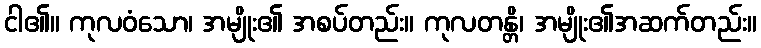
ငါ၏။ ကုလဝံသော၊ အမျိုး၏ အစပ်တည်း။ ကုလတန္တိ၊ အမျိုး၏အဆက်တည်း။